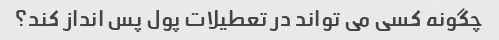
چگونه کسی می تواند در تعطیلات پول پس انداز کند؟